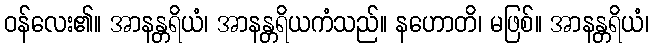
ဝန်လေး၏။ အာနန္တရိယံ၊ အာနန္တရိယကံသည်။ နဟောတိ၊ မဖြစ်။ အာနန္တရိယံ၊